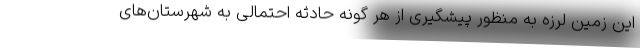
این زمین لرزه به منظور پیشگیری از هر گونه حادثه احتمالی به شهرستان‌های